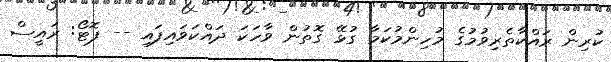
ކުރިން ރައްކާތެރިވުމުގެ މުހިންމުކަމާ ގުޅޭ ގޮތުން ވާހަކަ ދައްކަވައިފައި -- ފޮޓޯ: ރައީސް